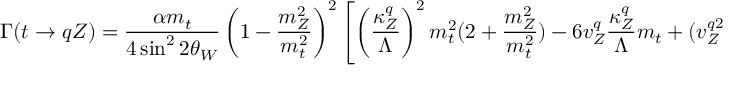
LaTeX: \Gamma ( t \rightarrow q Z ) = \frac { \alpha m _ { t } } { 4 \sin ^ { 2 } 2 \theta _ { W } } \left( 1 - \frac { m _ { Z } ^ { 2 } } { m _ { t } ^ { 2 } } \right) ^ { 2 } \left[ \left( \frac { \kappa _ { Z } ^ { q } } { \Lambda } \right) ^ { 2 } m _ { t } ^ { 2 } ( 2 + \frac { m _ { Z } ^ { 2 } } { m _ { t } ^ { 2 } } ) - 6 v _ { Z } ^ { q } \frac { \kappa _ { Z } ^ { q } } { \Lambda } m _ { t } + ( v _ { Z } ^ { q 2 } + a _ { Z } ^ { q 2 } ) ( 2 + \frac { m _ { t } ^ { 2 } } { m _ { Z } ^ { 2 } } ) \right]